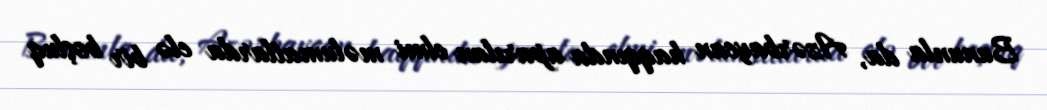
Bununla da, Azərbaycan haqqında aparılan elmi məlumatlarda elə bir boşluq